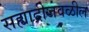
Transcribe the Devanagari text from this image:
सह्याद्रीजवळील